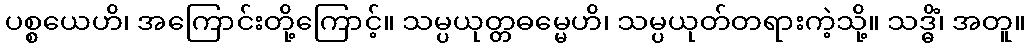
ပစ္စယေဟိ၊ အကြောင်းတို့ကြောင့်။ သမ္ပယုတ္တဓမ္မေဟိ၊ သမ္ပယုတ်တရားကဲ့သို့။ သဒ္ဓိံ၊ အတူ။